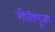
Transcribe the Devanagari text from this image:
गौरीपूजा